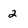
Character: 2